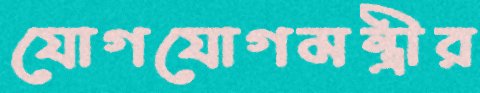
যোগযোগমন্ত্রীর